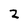
Character: 2